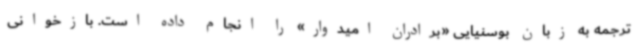
ترجمه به زبان بوسنیایی «برادران امیدوار» را انجام داده است. بازخوانی